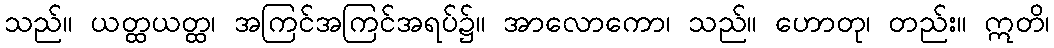
သည်။ ယတ္ထယတ္ထ၊ အကြင်အကြင်အရပ်၌။ အာလောကော၊ သည်။ ဟောတု၊ တည်း။ ဣတိ၊